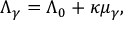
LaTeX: \Lambda _ { \gamma } = \Lambda _ { 0 } + \kappa \mu _ { \gamma } ,